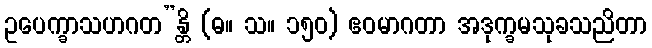
ဥပေက္ခာသဟဂတ”န္တိ (ဓ။ သ။ ၁၅၀) ဧဝမာဂတာ အဒုက္ခမသုခသညိတာ